Report on the working of the mental hospitals for Indians in Bihar and Orissa - 1925-1929
Year: 1925
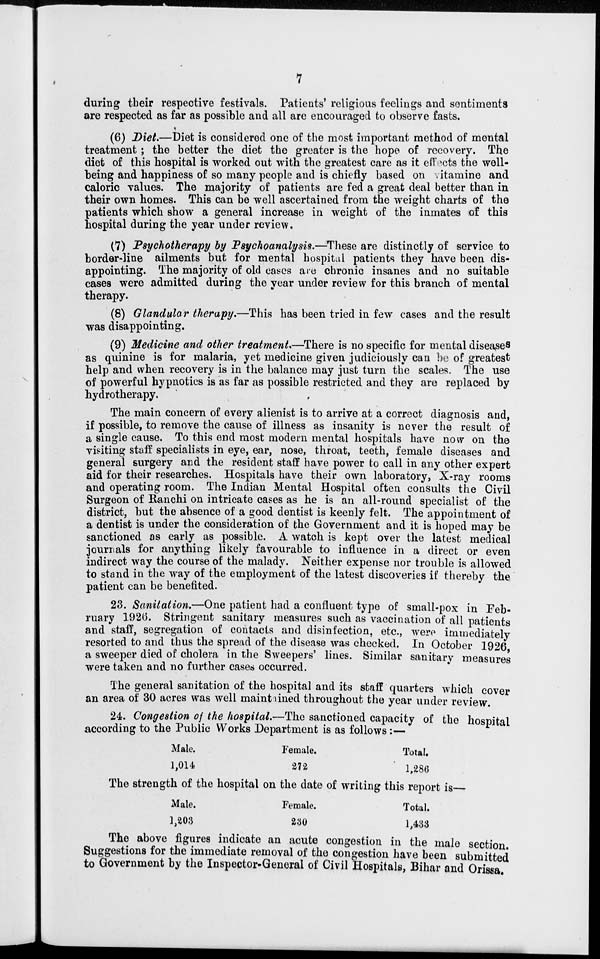
7
during their respective festivals. Patients' religious feelings and sentiments
are respected as far as possible and all are encouraged to observe fasts.
(6) Diet.—Diet is considered one of the most important method of mental
treatment; the better the diet the greater is the hope of recovery. The
diet of this hospital is worked out with the greatest care as it effects the well-
being and happiness of so many people and is chiefly based on vitamine and
caloric values. The majority of patients are fed a great deal better than in
their own homes. This can be well ascertained from the weight charts of the
patients which show a general increase in weight of the inmates of this
hospital during the year under review.
(7) Psychotherapy by Psychoanalysis.—These are distinctly of service to
border-line ailments but for mental hospital patients they have been dis-
appointing. The majority of old cases are chronic insanes and no suitable
cases were admitted during the year under review for this branch of mental
therapy.
(8) Glandular therapy.—This has been tried in few cases and the result
was disappointing.
(9) Medicine and other treatment.—There is no specific for mental diseases
as quinine is for malaria, yet medicine given judiciously can be of greatest
help and when recovery is in the balance may just turn the scales. The use
of powerful hypnotics is as far as possible restricted and they are replaced by
hydrotherapy.
The main concern of every alienist is to arrive at a correct diagnosis and,
if possible, to remove the cause of illness as insanity is never the result of
a single cause. To this end most modern mental hospitals have now on the
visiting staff specialists in eye, ear, nose, throat, teeth, female diseases and
general surgery and the resident staff have power to call in any other expert
aid for their researches. Hospitals have their own laboratory, X-ray rooms
and operating room. The Indian Mental Hospital often consults the Civil
Surgeon of Ranchi on intricate cases as he is an all-round specialist of the
district, but the absence of a good dentist is keenly felt. The appointment of
a dentist is under the consideration of the Government and it is hoped may be
sanctioned as early as possible. A watch is kept over the latest medical
journals for anything likely favourable to influence in a direct or even
indirect way the course of the malady. Neither expense nor trouble is allowed
to stand in the way of the employment of the latest discoveries if thereby the
patient can be benefited.
23. Sanitation.—One patient had a confluent type of small-pox in Feb-
ruary 1926. Stringent sanitary measures such as vaccination of all patients
and staff, segregation of contacts and disinfection, etc., were immediately
resorted to and thus the spread of the disease was checked. In October 1926,
a sweeper died of cholera in the Sweepers' lines. Similar sanitary measures
were taken and no further cases occurred.
The general sanitation of the hospital and its staff quarters which cover
an area of 30 acres was well maintained throughout the year under review.
24. Congestion of the hospital.—The sanctioned capacity of the hospital
according to the Public Works Department is as follows :—
Male.
1,014
Female.
272
Total.
1,286
The strength of the hospital on the date of writing this report is—
Male.
1,203
Female.
230
Total.
1,433
The above figures indicate an acute congestion in the male section.
Suggestions for the immediate removal of the congestion have been submitted
to Government by the Inspector-General of Civil Hospitals, Bihar and Orissa.